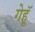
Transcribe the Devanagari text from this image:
गेहॅू